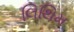
લિથિમ